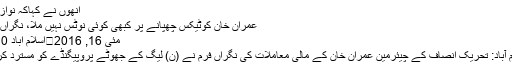
انھوں نے کہاکہ نواز …
عمران خان کوٹیکس چھپانے پر کبھی کوئی نوٹس نہیں ملا، نگراں فرم
مئی 16, 2016	اسلام آباد 0 27
اسلام آباد: تحریک انصاف کے چیئرمین عمران خان کے مالی معاملات کی نگراں فرم نے (ن) لیگ کے جھوٹے پروپیگنڈے کو مسترد کردیا۔